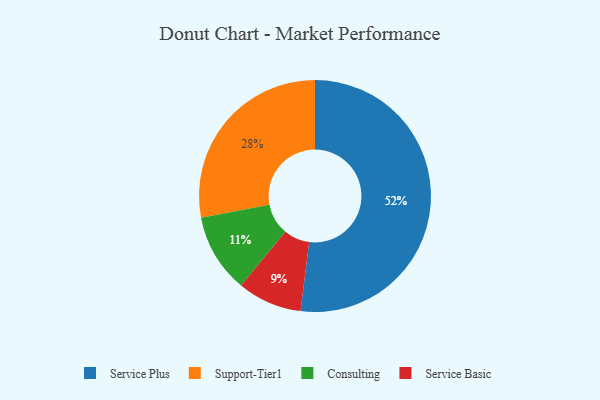
{"axis": {"x": "Category", "y": "Percentage"}, "legend": ["Consulting", "Service Basic", "Service Plus", "Support-Tier1"], "data": [{"x": "Service Plus", "y": 52, "type": "Service Plus"}, {"x": "Service Basic", "y": 9, "type": "Service Basic"}, {"x": "Consulting", "y": 11, "type": "Consulting"}, {"x": "Support-Tier1", "y": 28, "type": "Support-Tier1"}]}